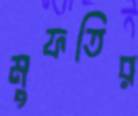
মুফতির